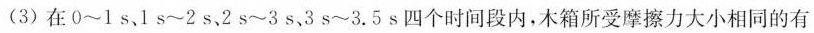
(3)在0~1s、1s~2s，2s~3s，3s~3.5s四个时间段内，木箱所受摩擦力大小相同的有